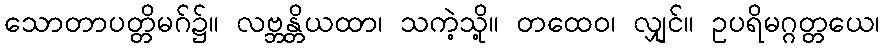
သောတာပတ္တိမဂ်၌။ လဗ္ဘန္တိယထာ၊ သကဲ့သို့။ တထေဝ၊ လျှင်။ ဥပရိမဂ္ဂတ္တယေ၊